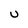
Character: U